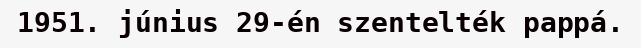
1951. június 29-én szentelték pappá.